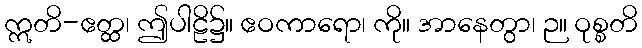
ဣတိ-ဧတ္ထ၊ ဤပါဠိ၌။ ဧဝကာရော၊ ကို။ အာနေတွာ၊ ဉ။ ဝုစ္စတိ